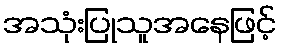
အသုံးပြုသူအနေဖြင့်